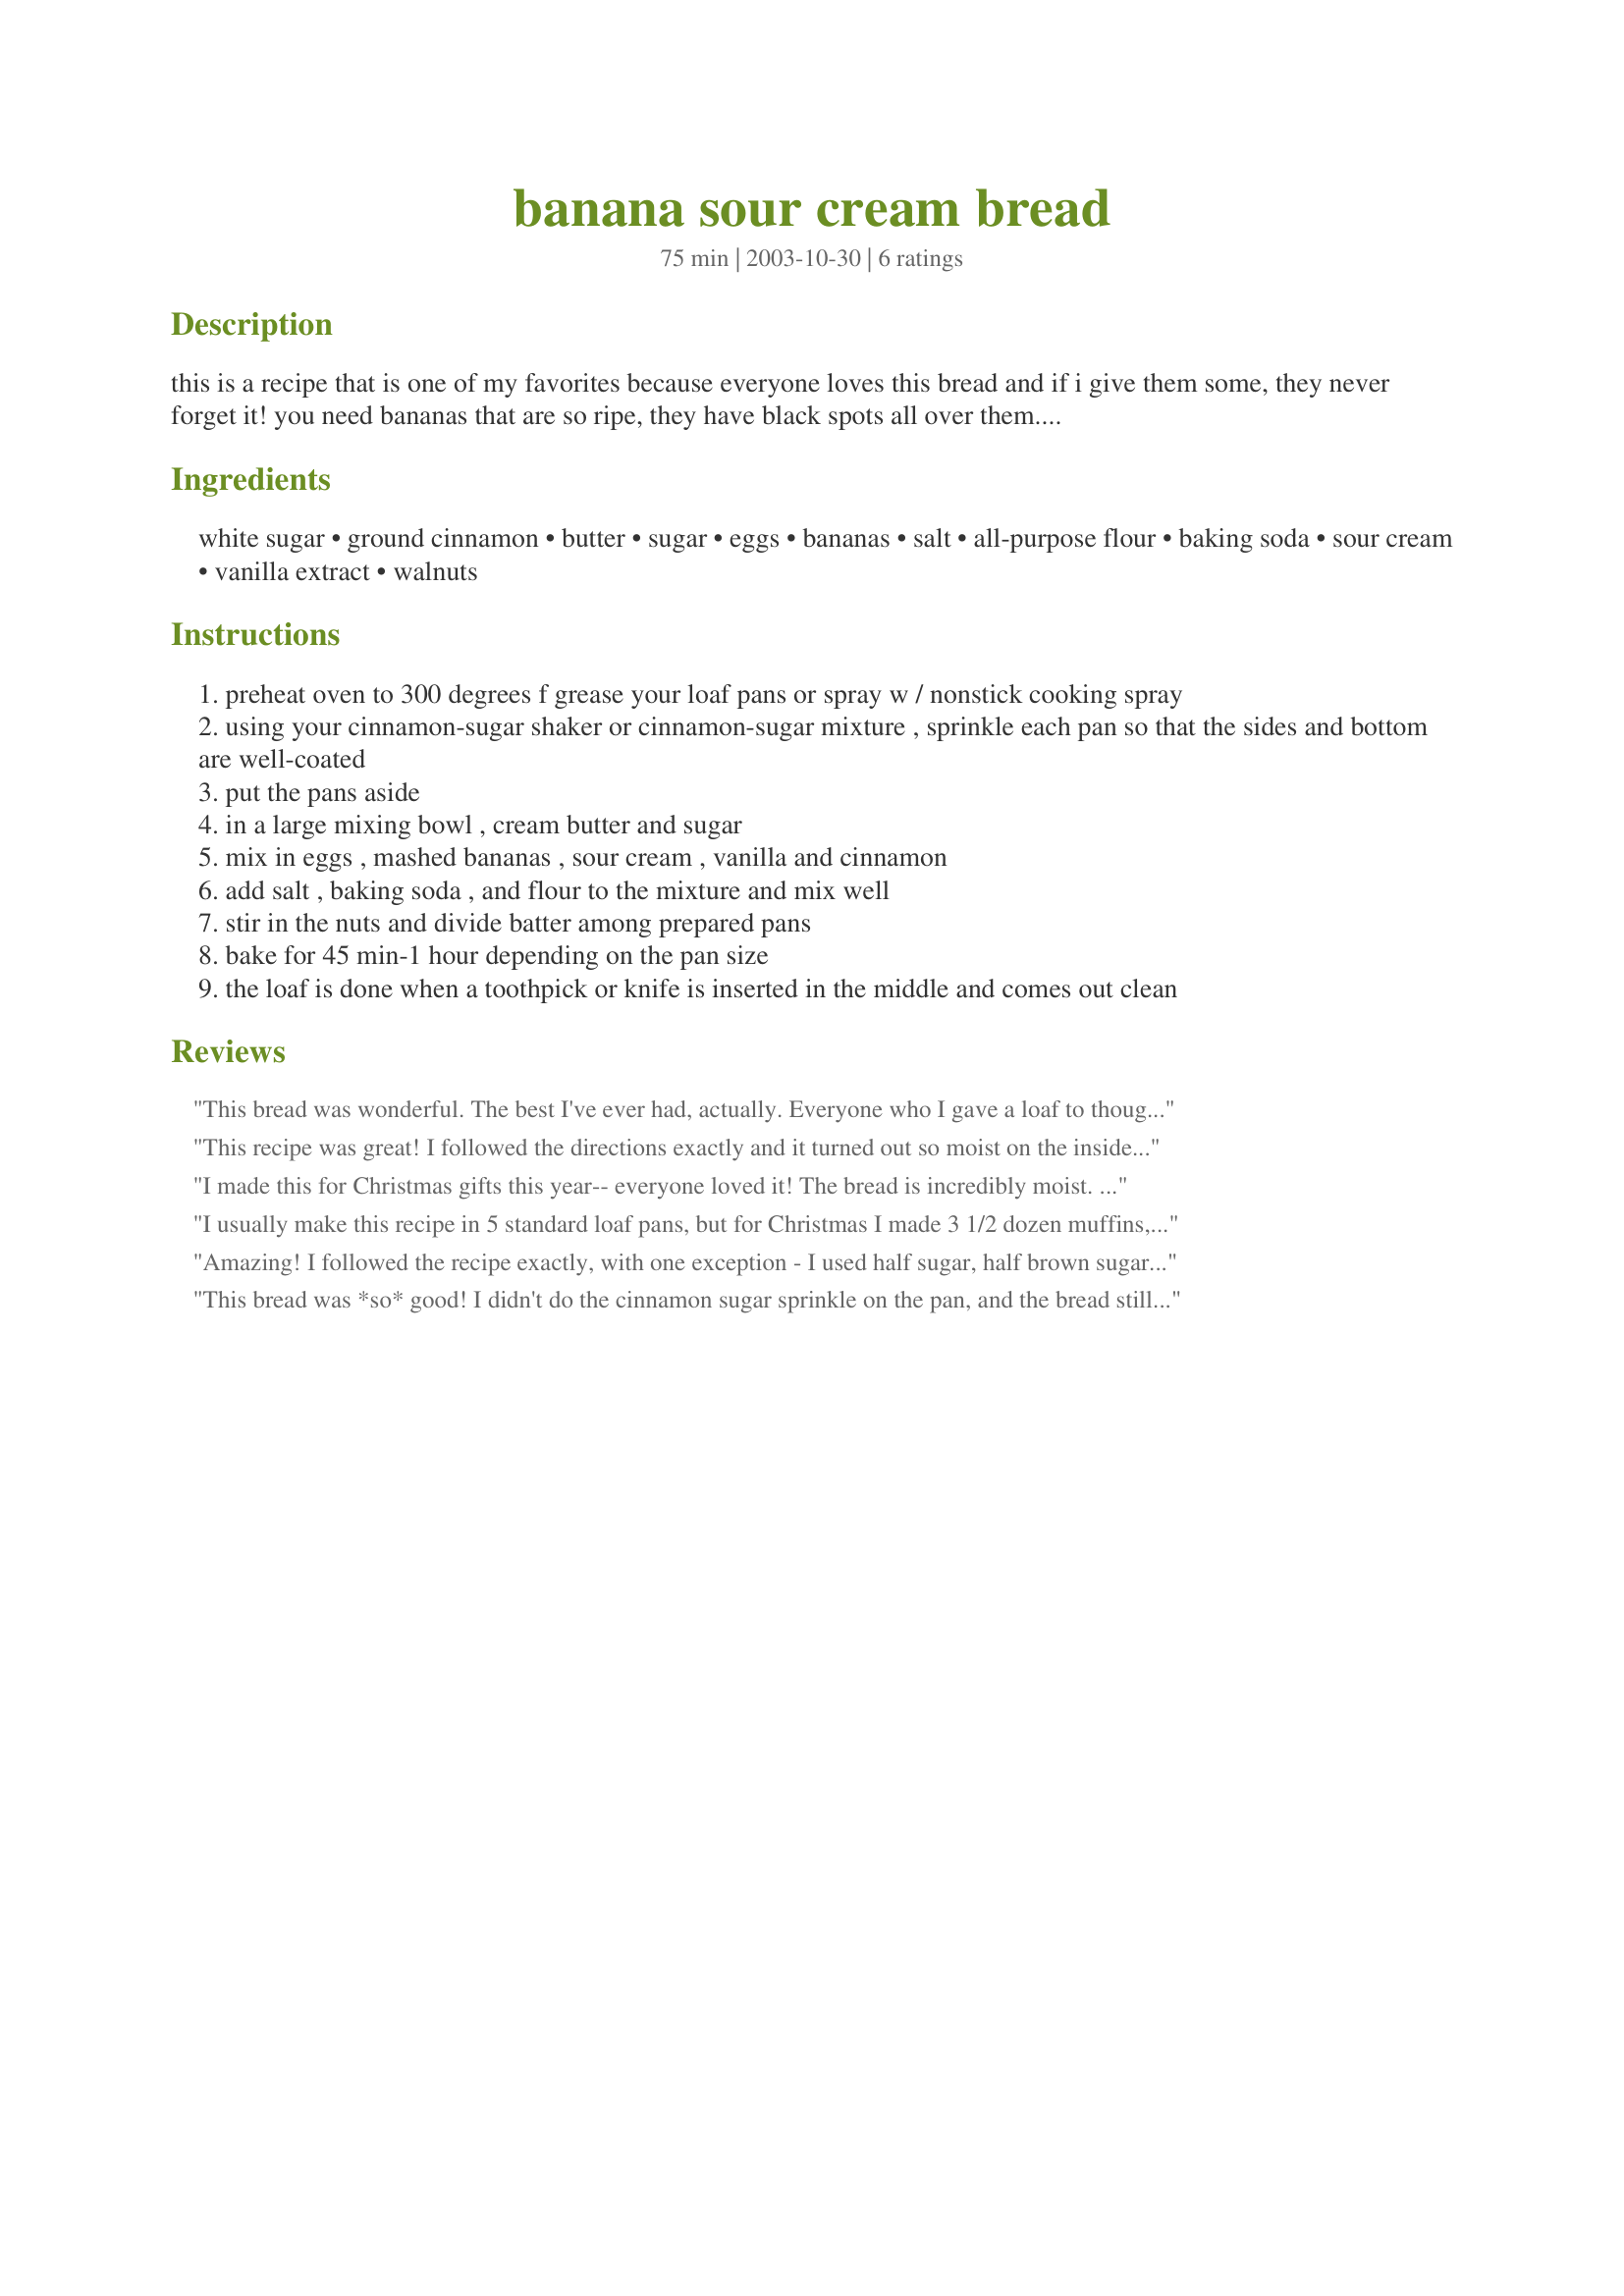
banana sour cream bread
Preparation time: 75 minutes

this is a recipe that is one of my favorites because everyone loves this bread and if i give them some, they never forget it! you need bananas that are so ripe, they have black spots all over them. in fact, what i usually do is stick those bananas in the freezer whole until i have enough to make this bread. then i thaw them in a bowl and rip the stem off and just squeeze out the insides for the recipe. it makes enough to share a loaf (or a few) with your neighbors, friends, co-workers, or you could just stow them away in the freezer for when you run out. it comes out very moist inside, with a crispy crust. deeeeeeelicious!

Ingredients:
white sugar, ground cinnamon, butter, sugar, eggs, bananas, salt, all-purpose flour, baking soda, sour cream, vanilla extract, walnuts

Steps:
preheat oven to 300 degrees f grease your loaf pans or spray w / nonstick cooking spray
using your cinnamon-sugar shaker or cinnamon-sugar mixture , sprinkle each pan so that the sides and bottom are well-coated
put the pans aside
in a large mixing bowl , cream butter and sugar
mix in eggs , mashed bananas , sour cream , vanilla and cinnamon
add salt , baking soda , and flour to the mixture and mix well
stir in the nuts and divide batter among prepared pans
bake for 45 min-1 hour depending on the pan size
the loaf is done when a toothpick or knife is inserted in the middle and comes out clean

Reviews:
This bread was wonderful. The best I've ever had, actually. Everyone who I gave a loaf to thought the same. What a great recipe, thanks for sharing! We will be making this often!
This recipe was great! I followed the directions exactly and it turned out so moist on the inside & crisp and crusty on the outside. Just a wonderful taste & a great way to use up bananas- I also added some chocolate chips for an extra kick. Thanks so much. This was very appetizing!
I made this for Christmas gifts this year-- everyone loved it! The bread is incredibly moist. I added 1 cup of chocolate chips to the batter and made mini-loaves. They froze quite well too!
I usually make this recipe in 5 standard loaf pans, but for Christmas I made 3 1/2 dozen muffins, and they were great! I cooked 12 large muffins at a time for approx. 35 minutes, then cooled on a wire rack before putting them in a container.
Amazing! I followed the recipe exactly, with one exception - I used half sugar, half brown sugar. I made one regular loaf and three small loaves. Thanks for a keeper!
This bread was *so* good! I didn't do the cinnamon sugar sprinkle on the pan, and the bread still had a little sweet crust. I used plain yogurt (14 oz.) instead of the sour cream because that's what I had on hand. I used a package of chocolate chips instead of the walnuts, and baked this in a loaf pan and a 10 inch bundt pan. We devoured the bundt cake in a weekend, and I have frozen the loaf for future use. The bread is sweet and moist, and even sitting out over the weekend didn't dry it out (I hate dry banana bread)!Thanks for a great recipe!!
